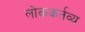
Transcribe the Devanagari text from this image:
लोककर्तव्य